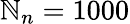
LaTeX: \mathbb{N}_{n}=1000